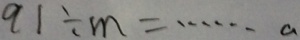
9 1 \div m = \cdots a